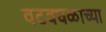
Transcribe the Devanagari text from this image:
वटवघळाच्या